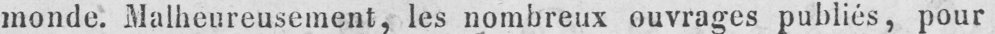
monde. Malheureusement, les nombreux ouvrages publiés, pour